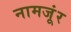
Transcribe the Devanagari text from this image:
नामजूंर